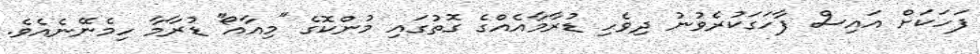
ފަހަކަށް އައިސް ފާހަގަކުރެވުނު ދިވެހި ޑުރާމާއެއްގެ ގޮތުގައި މުންކޮގެ ''މިއާއޯ'' ޑުރާމާ ހިމެނޭނެއެވެ.